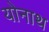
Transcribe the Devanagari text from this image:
योनाथ